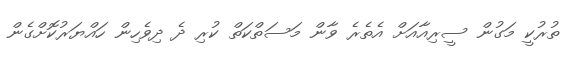
ތުރުކީ މަގުން ސީރިއާއަށް އެތެރެ ވާން މަސަތްކަތް ކުރި ދެ ދިވެހިން ހައްޔަރުކޮށްގެން